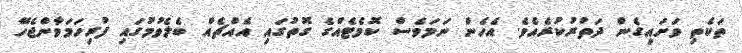
ތަކެތި ވަށައިގެން ދަތުރުކުރެއެވެ. އެހެން ނަމަވެސް ކޮމެޓެއްގެ ގޮތުގައި އެއްޗެއް ބެލެވުމުގައި ފުރިހަމަވާންޖެހޭ